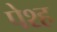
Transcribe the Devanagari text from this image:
पेश्ह